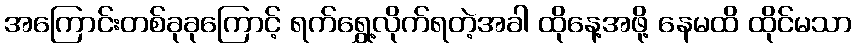
အကြောင်းတစ်ခုခုကြောင့် ရက်ရွှေ့လိုက်ရတဲ့အခါ ထိုနေ့အဖို့ နေမထိ ထိုင်မသာ